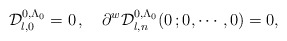
\begin{align*}\mathcal{D}^{0, \Lambda_0}_{l,0} = 0 \, , \quad \partial ^w \mathcal{D}^{0, \Lambda_0}_{l,n} (0 \, ;0, \cdots, 0) = 0 ,\end{align*}